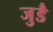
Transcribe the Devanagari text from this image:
जुडै